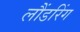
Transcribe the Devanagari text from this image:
लौंडरिंग